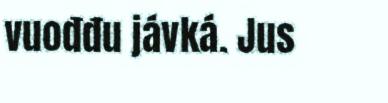
vuođđu jávká. Jus